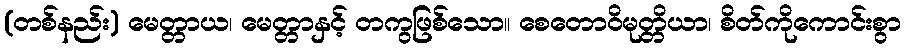
(တစ်နည်း) မေတ္တာယ၊ မေတ္တာနှင့် တကွဖြစ်သော။ စေတောဝိမုတ္တိယာ၊ စိတ်ကိုကောင်းစွာ